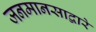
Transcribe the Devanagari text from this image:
जनमानसाद्वारे